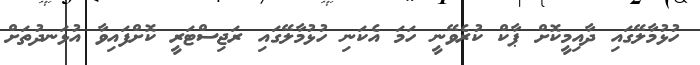
ހުޅުމާލޭގައި ދާއިމީކޮށް ޕާކް ކުރެވޭނީ ހަމަ އެކަނި ހުޅުމާލޭގައި ރަޖިސްޓަރީ ކޮށްފައިވާ އުޅަނދުތަށް